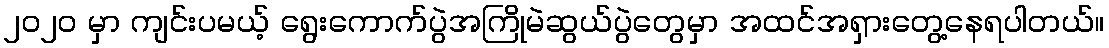
၂၀၂၀ မှာ ကျင်းပမယ့် ရွေးကောက်ပွဲအကြိုမဲဆွယ်ပွဲတွေမှာ အထင်အရှားတွေ့နေရပါတယ်။